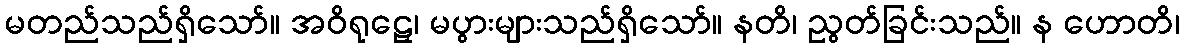
မတည်သည်ရှိသော်။ အဝိရုဠှေ၊ မပွားများသည်ရှိသော်။ နတိ၊ ညွတ်ခြင်းသည်။ န ဟောတိ၊